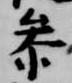
参